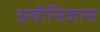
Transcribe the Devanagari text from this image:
अवीसिजास